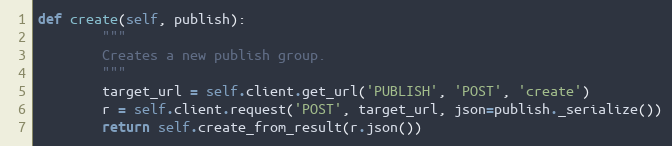
Language: Python
def create(self, publish):
        """
        Creates a new publish group.
        """
        target_url = self.client.get_url('PUBLISH', 'POST', 'create')
        r = self.client.request('POST', target_url, json=publish._serialize())
        return self.create_from_result(r.json())